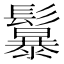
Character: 𩯱